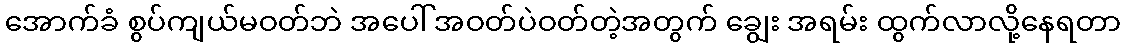
အောက်ခံ စွပ်ကျယ်မဝတ်ဘဲ အပေါ် အဝတ်ပဲဝတ်တဲ့အတွက် ချွေး အရမ်း ထွက်လာလို့နေရတာ